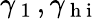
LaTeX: \gamma_{\mathrm{~1~}},\gamma_{\mathrm{~h~i~}}